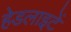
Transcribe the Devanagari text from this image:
हेडलाइटें